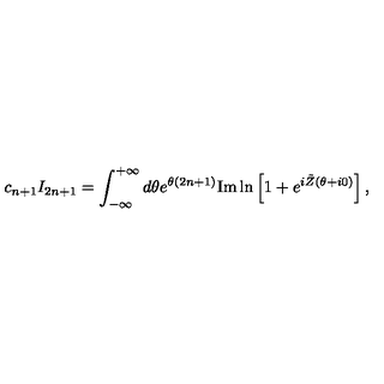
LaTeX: c _ { n + 1 } I _ { 2 n + 1 } = \int _ { - \infty } ^ { + \infty } d \theta e ^ { \theta ( 2 n + 1 ) } { \mathrm { I m } } \ln \left[ 1 + e ^ { i \tilde { Z } ( \theta + i 0 ) } \right] ,